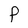
Character: P